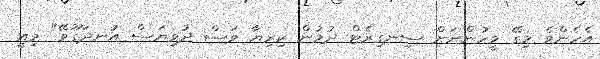
އެހެންވެ މިގޭ މީހުންނަށް ސިނގިރެޓް ދުމުން ކިރިޔާ ވަސް ދުވިޔަސް އުނދަގޫވޭ" މިއީ